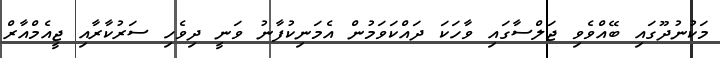
މަކުނުދޫގައި ބޭއްވެވި ޖަލްސާގައި ވާހަކަ ދައްކަވަމުން އެމަނިކުފާނު ވަނީ ދިވެހި ސަރުކާރާއި ޖީއެމްއާރް